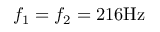
f _ { 1 } = f _ { 2 } = 2 1 6 \mathrm { H z }